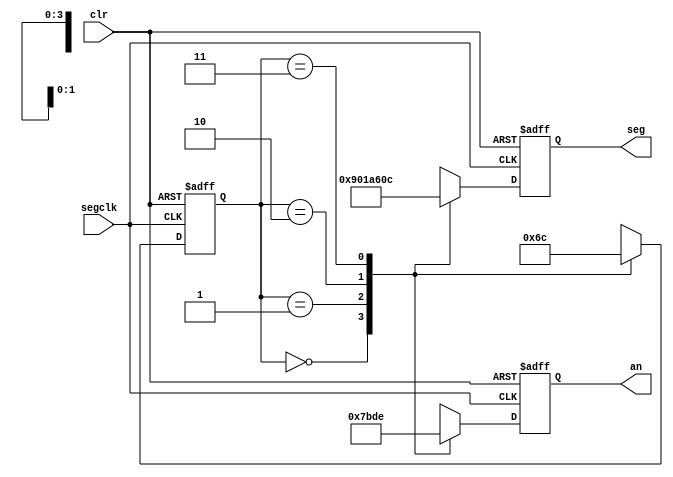
`timescale 1ns / 1ps
//////////////////////////////////////////////////////////////////////////////////
// Company: 
// Engineer: 
// 
// Design Name: 
// Module Name:    segdisplay 
// Project Name: 
// Target Devices: 
// Tool versions: 
// Description: 
//
// Dependencies: 
//
// Revision: 
// Revision 0.01 - File Created
// Additional Comments: 
//
//////////////////////////////////////////////////////////////////////////////////
module segdisplay(
	input wire segclk,		//7-segment clock
	input wire clr,			//asynchronous reset
	output reg [6:0] seg,	//7-segment display LEDs
	output reg [3:0] an		//7-segment display anode enable
	);

// constants for displaying letters on display
parameter N = 7'b1001000;
parameter E = 7'b0000110;
parameter R = 7'b1001100;
parameter P = 7'b0001100;

// Finite State Machine (FSM) states
parameter left = 2'b00;
parameter midleft = 2'b01;
parameter midright = 2'b10;
parameter right = 2'b11;

// state register
reg [1:0] state;

// FSM which cycles though every digit of the display every 2.62ms.
// This should be fast enough to trick our eyes into seeing that
// all four digits are on display at the same time.
always @(posedge segclk or posedge clr)
begin
	// reset condition
	if (clr == 1)
	begin
		seg <= 7'b1111111;
		an <= 7'b1111;
		state <= left;
	end
	// display the character for the current position
	// and then move to the next state
	else
	begin
		case(state)
			left:
			begin
				seg <= N;
				an <= 4'b0111;
				state <= midleft;
			end
			midleft:
			begin
				seg <= E;
				an <= 4'b1011;
				state <= midright;
			end
			midright:
			begin
				seg <= R;
				an <= 4'b1101;
				state <= right;
			end
			right:
			begin
				seg <= P;
				an <= 4'b1110;
				state <= left;
			end
		endcase
	end
end

endmodule